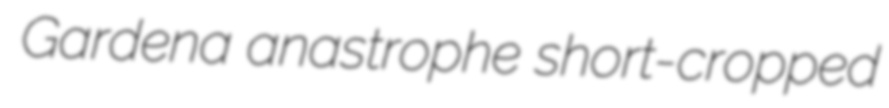
Gardena anastrophe short-cropped